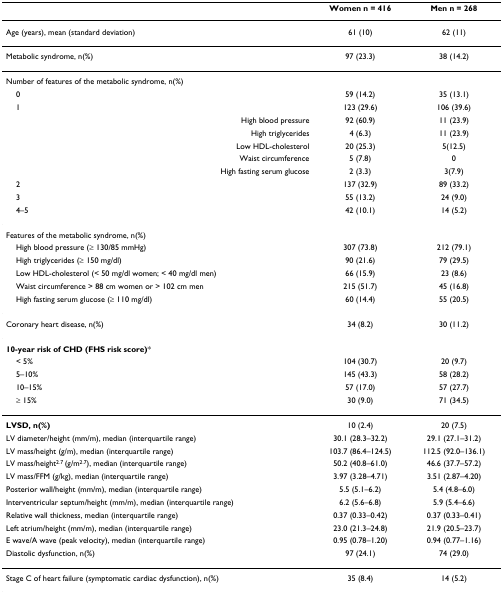
<table><thead><tr><td></td><td><b>Women n = 416</b></td><td><b>Men n = 268</b></td></tr></thead><tbody><tr><td>Age (years), mean (standard deviation)</td><td>61 (10)</td><td>62 (11)</td></tr><tr><td>Metabolic syndrome, n(%)</td><td>97 (23.3)</td><td>38 (14.2)</td></tr><tr><td>Number of features of the metabolic syndrome, n(%)</td><td></td><td></td></tr><tr><td> 0</td><td>59 (14.2)</td><td>35 (13.1)</td></tr><tr><td> 1</td><td>123 (29.6)</td><td>106 (39.6)</td></tr><tr><td>High blood pressure</td><td>92 (60.9)</td><td>11 (23.9)</td></tr><tr><td>High triglycerides</td><td>4 (6.3)</td><td>11 (23.9)</td></tr><tr><td>Low HDL-cholesterol</td><td>20 (25.3)</td><td>5(12.5)</td></tr><tr><td>Waist circumference</td><td>5 (7.8)</td><td>0</td></tr><tr><td>High fasting serum glucose</td><td>2 (3.3)</td><td>3(7.9)</td></tr><tr><td> 2</td><td>137 (32.9)</td><td>89 (33.2)</td></tr><tr><td> 3</td><td>55 (13.2)</td><td>24 (9.0)</td></tr><tr><td> 4–5</td><td>42 (10.1)</td><td>14 (5.2)</td></tr><tr><td>Features of the metabolic syndrome, n(%)</td><td></td><td></td></tr><tr><td> High blood pressure (≥ 130/85 mmHg)</td><td>307 (73.8)</td><td>212 (79.1)</td></tr><tr><td> High triglycerides (≥ 150 mg/dl)</td><td>90 (21.6)</td><td>79 (29.5)</td></tr><tr><td> Low HDL-cholesterol (&lt; 50 mg/dl women; &lt; 40 mg/dl men)</td><td>66 (15.9)</td><td>23 (8.6)</td></tr><tr><td> Waist circumference &gt; 88 cm women or &gt; 102 cm men</td><td>215 (51.7)</td><td>45 (16.8)</td></tr><tr><td> High fasting serum glucose (≥ 110 mg/dl)</td><td>60 (14.4)</td><td>55 (20.5)</td></tr><tr><td>Coronary heart disease, n(%)</td><td>34 (8.2)</td><td>30 (11.2)</td></tr><tr><td><b>10-year risk of CHD (FHS risk score)</b>*</td><td></td><td></td></tr><tr><td> &lt; 5%</td><td>104 (30.7)</td><td>20 (9.7)</td></tr><tr><td> 5–10%</td><td>145 (43.3)</td><td>58 (28.2)</td></tr><tr><td> 10–15%</td><td>57 (17.0)</td><td>57 (27.7)</td></tr><tr><td> ≥ 15%</td><td>30 (9.0)</td><td>71 (34.5)</td></tr><tr><td><b>LVSD, n(%)</b></td><td>10 (2.4)</td><td>20 (7.5)</td></tr><tr><td>LV diameter/height (mm/m), median (interquartile range)</td><td>30.1 (28.3–32.2)</td><td>29.1 (27.1–31.2)</td></tr><tr><td>LV mass/height (g/m), median (interquartile range)</td><td>103.7 (86.4–124.5)</td><td>112.5 (92.0–136.1)</td></tr><tr><td>LV mass/height<sup>2.7 </sup>(g/m<sup>2.7</sup>), median (interquartile range)</td><td>50.2 (40.8–61.0)</td><td>46.6 (37.7–57.2)</td></tr><tr><td>LV mass/FFM (g/kg), median (interquartile range)</td><td>3.97 (3.28–4.71)</td><td>3.51 (2.87–4.20)</td></tr><tr><td>Posterior wall/height (mm/m), median (interquartile range)</td><td>5.5 (5.1–6.2)</td><td>5.4 (4.8–6.0)</td></tr><tr><td>Interventricular septum/height (mm/m), median (interquartile range)</td><td>6.2 (5.6–6.8)</td><td>5.9 (5.4–6.6)</td></tr><tr><td>Relative wall thickness, median (interquartile range)</td><td>0.37 (0.33–0.42)</td><td>0.37 (0.33–0.41)</td></tr><tr><td>Left atrium/height (mm/m), median (interquartile range)</td><td>23.0 (21.3–24.8)</td><td>21.9 (20.5–23.7)</td></tr><tr><td>E wave/A wave (peak velocity), median (interquartile range)</td><td>0.95 (0.78–1.20)</td><td>0.94 (0.77–1.16)</td></tr><tr><td>Diastolic dysfunction, n(%)</td><td>97 (24.1)</td><td>74 (29.0)</td></tr><tr><td>Stage C of heart failure (symptomatic cardiac dysfunction), n(%)</td><td>35 (8.4)</td><td>14 (5.2)</td></tr></tbody></table>